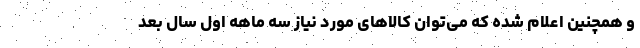
و همچنین اعلام شده که می‌توان کالاهای مورد نیاز سه ماهه اول سال بعد